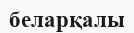
беларқалы